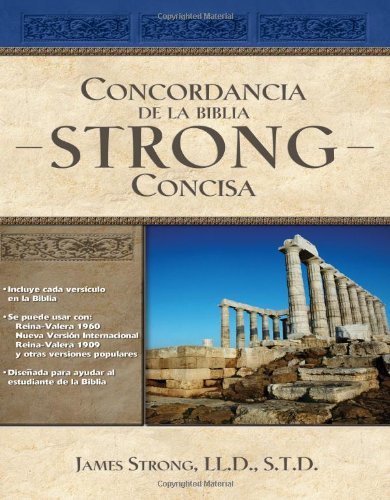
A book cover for Concordancia de la Biblia Strong Concisa (Spanish Edition); James Strong; Christian Books & Bibles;